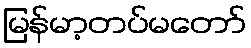
မြန်မာ့တပ်မတော်